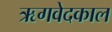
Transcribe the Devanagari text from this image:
ऋगवेदकाल